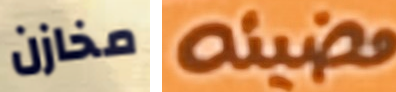
مخازن مضيئه